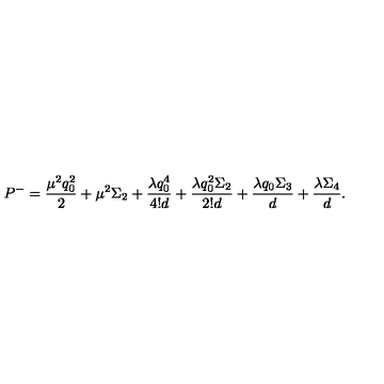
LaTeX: P ^ { - } = { \frac { \mu ^ { 2 } q _ { 0 } ^ { 2 } } { 2 } } + \mu ^ { 2 } \Sigma _ { 2 } + { \frac { \lambda q _ { 0 } ^ { 4 } } { 4 ! d } } + { \frac { \lambda q _ { 0 } ^ { 2 } \Sigma _ { 2 } } { 2 ! d } } + { \frac { \lambda q _ { 0 } \Sigma _ { 3 } } { d } } + { \frac { \lambda \Sigma _ { 4 } } { d } } .